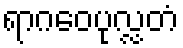
ရာဂဝေပုလ္လတံ